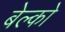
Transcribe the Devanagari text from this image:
बेल्को